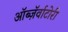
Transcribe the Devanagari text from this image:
ऑब्ज़ॅर्वाटोरी